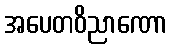
အပေတဝိညာဏော